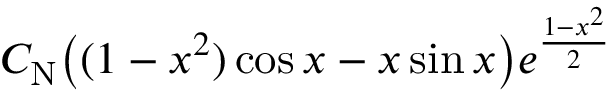
C _ { \mathrm { N } } \big ( ( 1 - x ^ { 2 } ) \cos x - x \sin x \big ) e ^ { \frac { 1 - x ^ { 2 } } { 2 } }